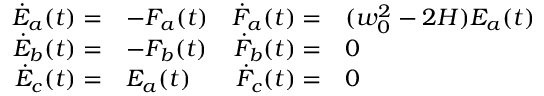
\begin{array} { r l r l } { \dot { E } _ { a } ( t ) = } & { - F _ { a } ( t ) } & { \dot { F } _ { a } ( t ) = } & { ( w _ { 0 } ^ { 2 } - 2 H ) E _ { a } ( t ) } \\ { \dot { E } _ { b } ( t ) = } & { - F _ { b } ( t ) } & { \dot { F } _ { b } ( t ) = } & { 0 } \\ { \dot { E } _ { c } ( t ) = } & { E _ { a } ( t ) } & { \dot { F } _ { c } ( t ) = } & { 0 } \end{array}